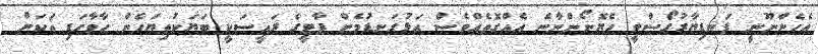
އެހެންނޫނީ ފަނޑިޔާރުގޯސްވީ ހެޔޮނޯންނާނެ އެއްގޮތެއްވެސް އަޅުގަނޑުމެން ޕާޓީގެ ރައީސަކީ ބަޔަކުތިޔަހެން ހާވާހަޑި އަކަށް